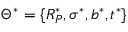
\Theta ^ { * } = \{ R _ { P } ^ { * } , \sigma ^ { * } , b ^ { * } , t ^ { * } \}